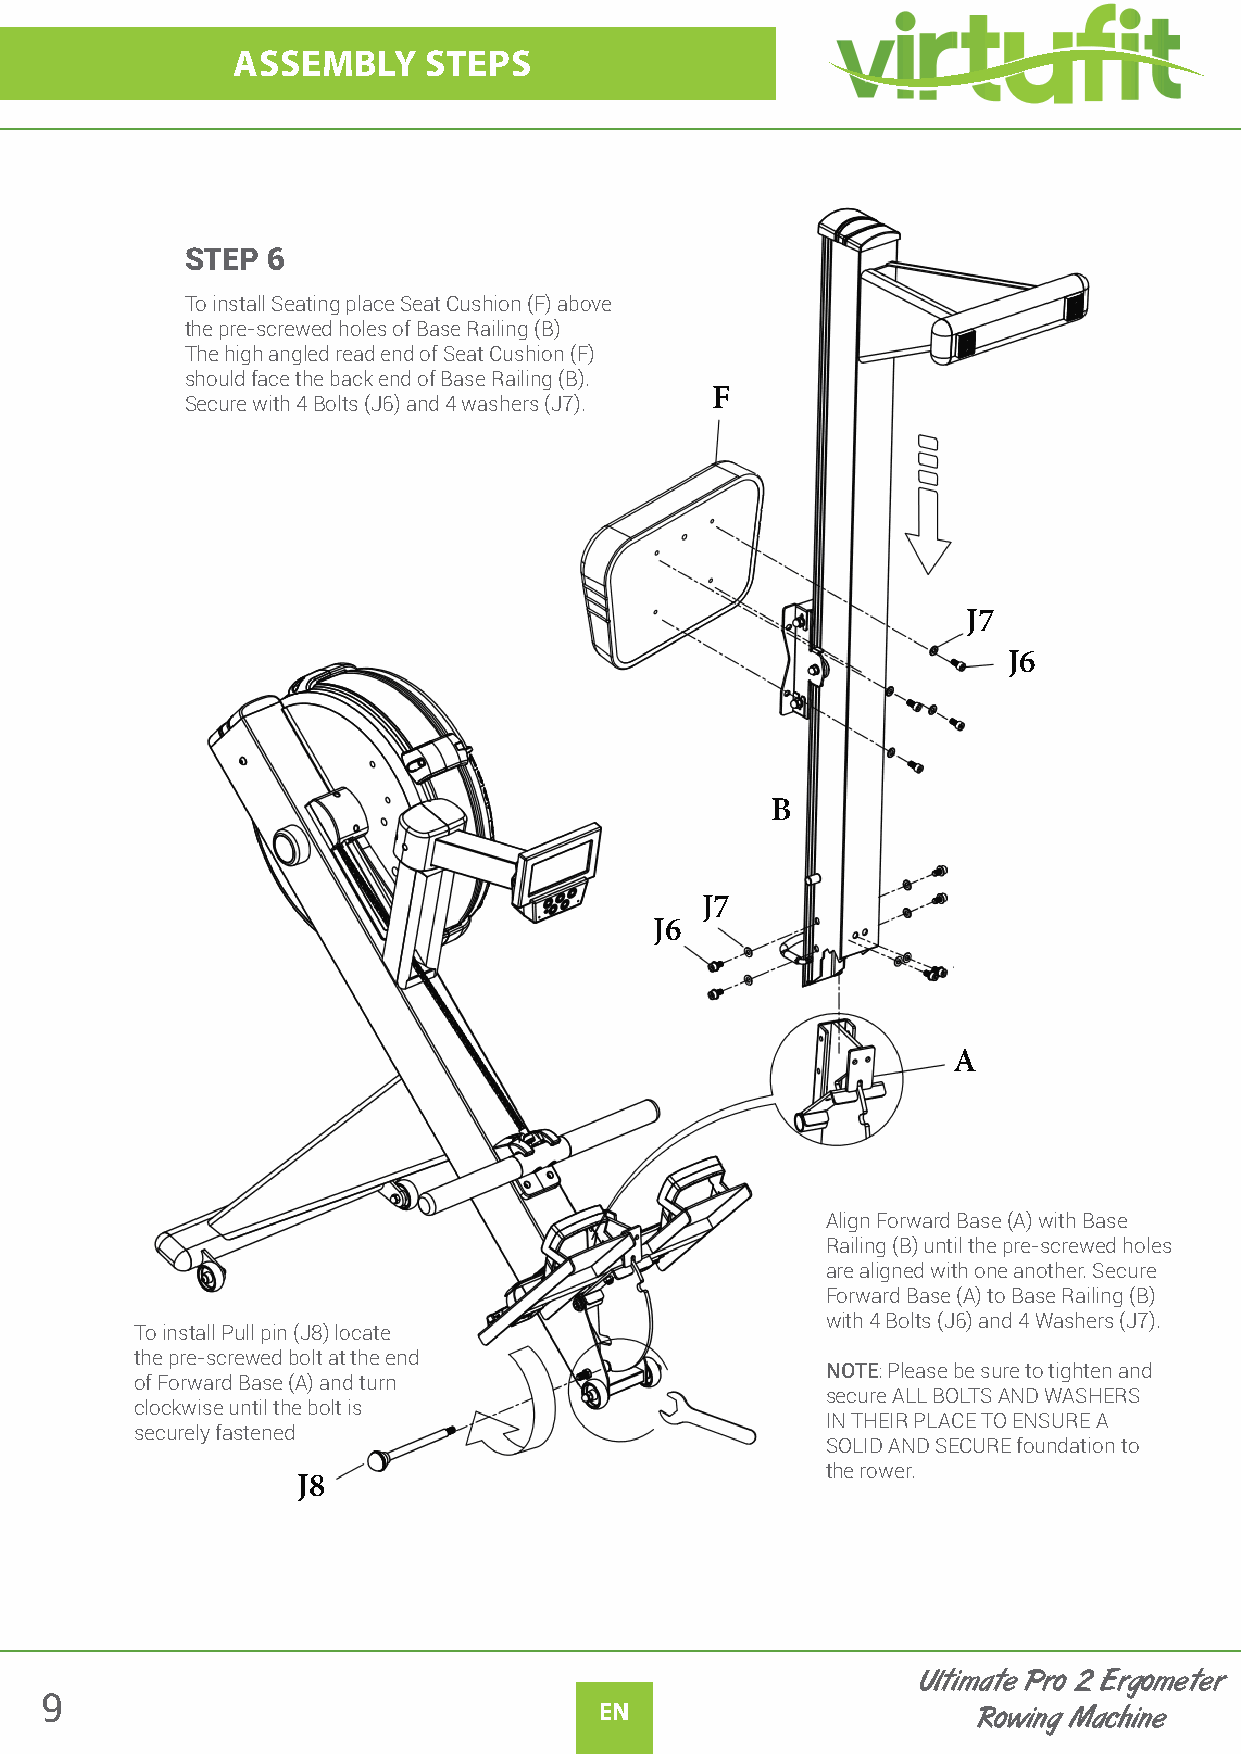
ASSEMBLY     STEPS
 STEP  6
 To install Seating place Seat Cushion (F) above
 the pre-screwed holes of Base Railing (B)
 The high angled read end of Seat Cushion (F)
 should face the back end of Base Railing (B).
 F
 Secure with 4 Bolts (J6) and 4 washers (J7).
 J7
 J6
 B
 J7
 J6
 A
 Align Forward Base (A) with Base
 Railing (B) until the pre-screwed holes
 are aligned with one another. Secure
 Forward Base (A) to Base Railing (B)
 with 4 Bolts (J6) and 4 Washers (J7).
 To install Pull pin (J8) locate
 the pre-screwed bolt at the end
 NOTE: Please be sure to tighten and
 of Forward Base (A) and turn
 secure ALL BOLTS AND WASHERS
 clockwise until the bolt is
 IN THEIR PLACE TO ENSURE A
 securely fastened
 SOLID AND SECURE foundation to
 the rower.
 J8
 Ultimate Pro 2 Ergometer
 9
 EN                       Rowing Machine